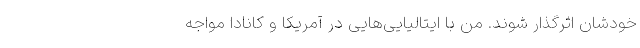
خودشان اثرگذار شوند. من با ایتالیایی‌هایی در آمریکا و کانادا مواجه